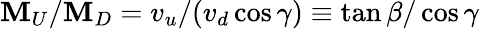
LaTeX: \mathbf{M}_{U}/\mathbf{M}_{D}=v_{u}/(v_{d}\cos\gamma)\equiv\tan\beta/\cos\gamma\,